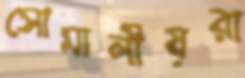
সোমালীয়রা